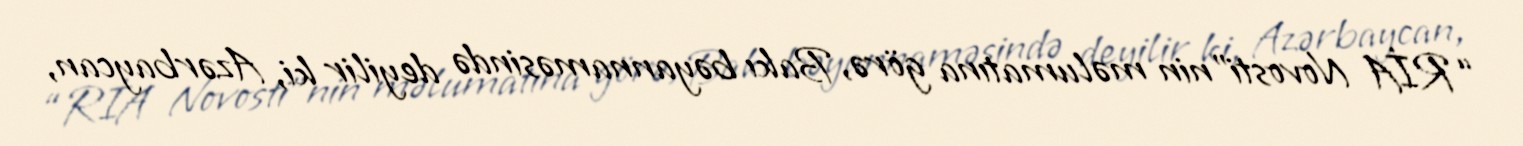
“RİA Novosti”nin məlumatına görə, Bakı bəyannaməsində deyilir ki, Azərbaycan,